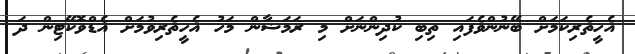
އެހީތެރިކަމަށް ބޭނުންވެފައި ތިބި ކުދިންނަށް މި ރަމަޟާން މަހު އެހީތެރިވުމަށް އެޑްވޮކޭޓިން ދަ